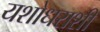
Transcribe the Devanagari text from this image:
यशोधराशी